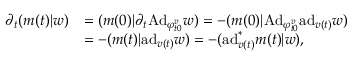
\begin{array} { r l } { \partial _ { t } ( m ( t ) | w ) } & { = ( m ( 0 ) | \partial _ { t } \mathrm { A d } _ { \varphi _ { t 0 } ^ { v } } w ) = - ( m ( 0 ) | \mathrm { A d } _ { \varphi _ { t 0 } ^ { v } } \mathrm { a d } _ { v ( t ) } w ) } \\ & { = - ( m ( t ) | \mathrm { a d } _ { v ( t ) } w ) = - ( \mathrm { a d } _ { v ( t ) } ^ { \ast } m ( t ) | w ) , } \end{array}